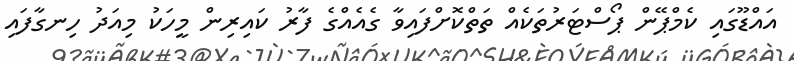
އައްޑޫގައި ކެމްޕޭން ޕޯސްޓަރުތަކެއް ތަތްކޮށްފައިވާ ގެއެއްގެ ފާރު ކައިރިން މީހަކު މިއަދު ހިނގާފައި